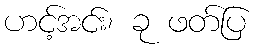
ဟင့်အင်း၊ ခု ဖတ်ပြ